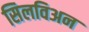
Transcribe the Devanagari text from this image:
सिलविअन